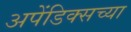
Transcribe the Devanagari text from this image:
अपेंडिक्सच्या